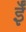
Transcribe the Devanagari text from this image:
ईँ